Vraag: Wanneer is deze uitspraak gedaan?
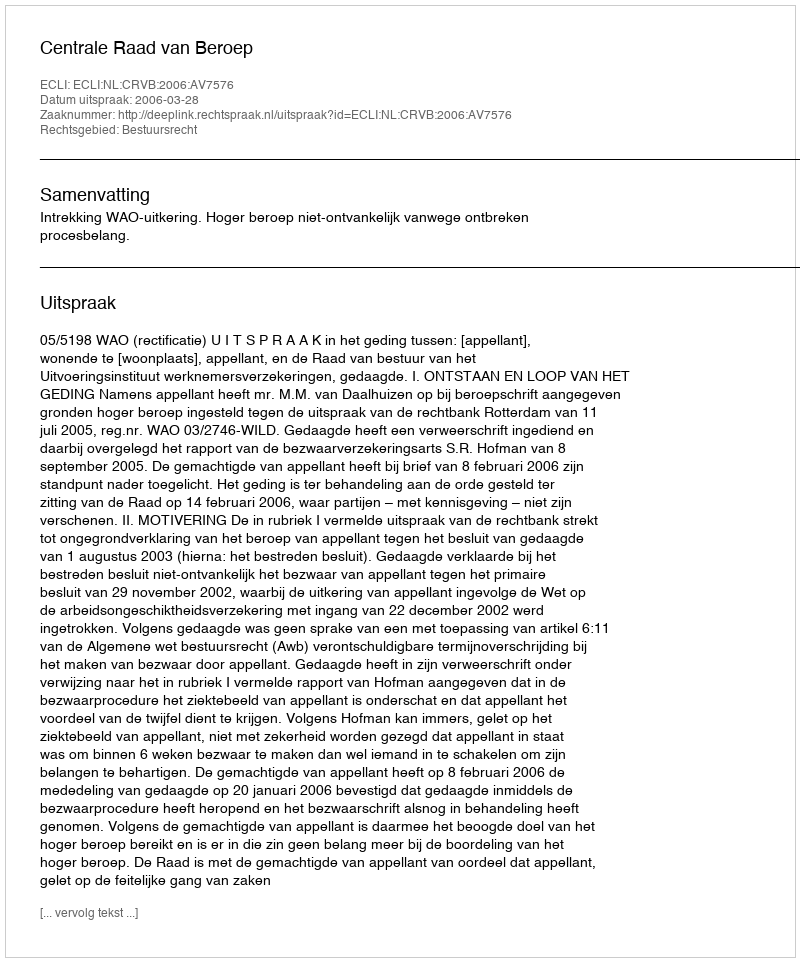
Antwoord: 2006-03-28